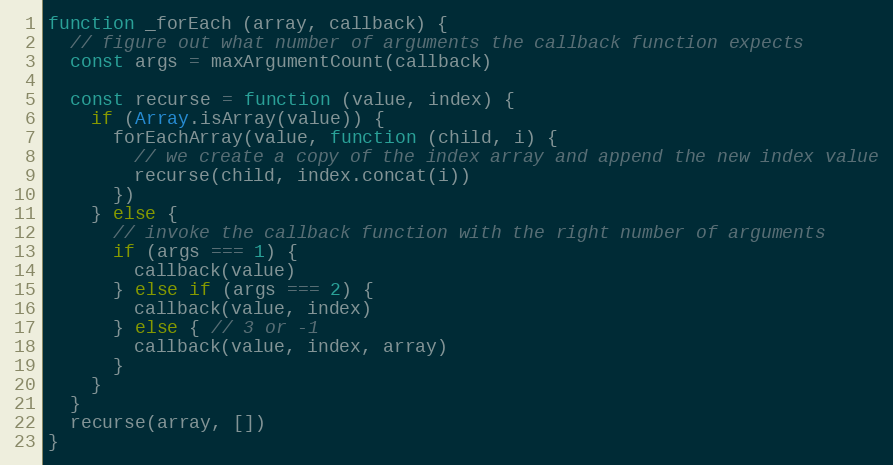
Language: JavaScript
function _forEach (array, callback) {
  // figure out what number of arguments the callback function expects
  const args = maxArgumentCount(callback)

  const recurse = function (value, index) {
    if (Array.isArray(value)) {
      forEachArray(value, function (child, i) {
        // we create a copy of the index array and append the new index value
        recurse(child, index.concat(i))
      })
    } else {
      // invoke the callback function with the right number of arguments
      if (args === 1) {
        callback(value)
      } else if (args === 2) {
        callback(value, index)
      } else { // 3 or -1
        callback(value, index, array)
      }
    }
  }
  recurse(array, [])
}